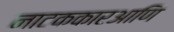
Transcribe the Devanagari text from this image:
नाटककारआणि